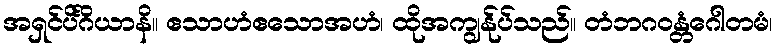
အရှင်ပိင်္ဂိယာနိ။ ဧသာဟံဧသောအဟံ၊ ထိုအကျွန်ုပ်သည်။ တံဘဂဝန္တံဂေါတမံ၊